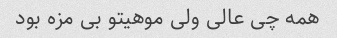
همه چی عالی ولی موهیتو بی مزه بود